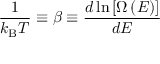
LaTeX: { \frac { 1 } { k _ { \mathrm { B } } T } } \equiv \beta \equiv { \frac { d \ln \left[ \Omega \left( E \right) \right] } { d E } }